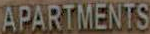
APARTMENTS